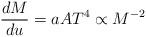
LaTeX: \begin{align*}\frac {dM} {du}=aAT^4\propto M^{-2} \end{align*}